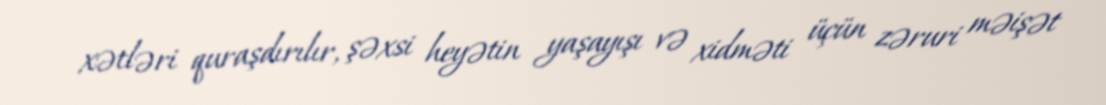
xətləri quraşdırılır, şəxsi heyətin yaşayışı və xidməti üçün zəruri məişət